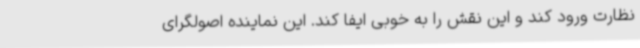
نظارت ورود کند و این نقش را به خوبی ایفا کند. این نماینده اصولگرای